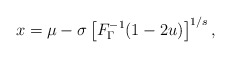
\begin{align*}x=\mu-\sigma\left[F^{-1}_\Gamma(1-2u)\right]^{1/s},\end{align*}